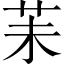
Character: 苿